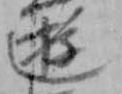
遊